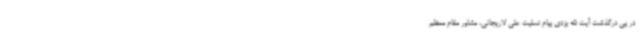
در پی درگذشت آیت الله یزدی پیام تسلیت علی لاریجانی،‌ مشاور مقام معظم